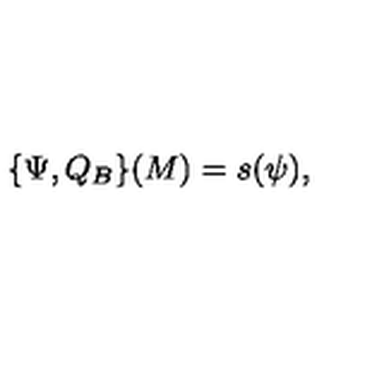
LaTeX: \{ \Psi , Q _ { B } \} ( M ) = s ( \psi ) ,